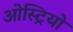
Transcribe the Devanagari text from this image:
ओस्ट्रियो